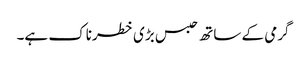
گرمی کے ساتھ حبس بڑی خطرناک ہے۔